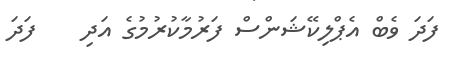
ފަދަ ވެބް އެޕްލިކޭޝަންސް ފަރުމާކުރުމުގެ އަދި    ފަދަ